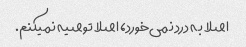
اصلا به درد نمی‌خورد، اصلا توصیه نمیکنم.